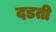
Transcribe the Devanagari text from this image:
दडती